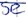
Text: SR